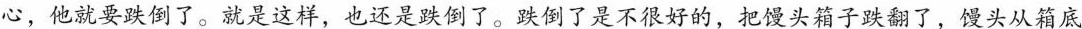
心，他就要跌倒了。就是这样，也还是跌倒的。跌倒了是不很好的，把馒头箱子跌翻了，馒头从箱底